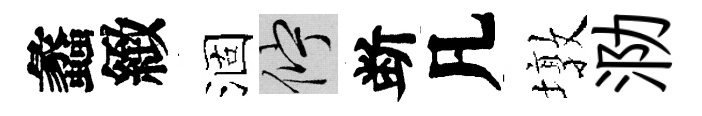
蠡緻涸伫断凡墩泐